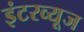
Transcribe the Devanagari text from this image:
इंटरव्यूज